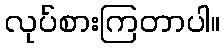
လုပ်စားကြတာပါ။